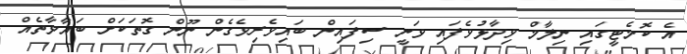
އެ ކޮމެޓީގައި ނިލާމް ވިދާޅުވެފައި ވަނީ ސިފައިން ބައިވެރިވެގެން ނޫން ގޮތަކަށް ބަޣާވާތެއް